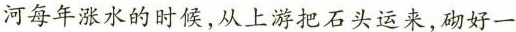
河每年涨水的时候，从上游把石头运来，砌好一